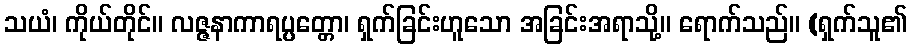
သယံ၊ ကိုယ်တိုင်။ လဇ္ဇနာကာရပ္ပတ္တော၊ ရှက်ခြင်းဟူသော အခြင်းအရာသို့။ ရောက်သည်။ (ရှက်သူ၏